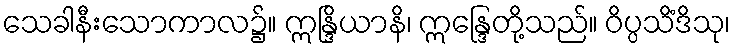
သေခါနီးသောကာလ၌။ ဣန္ဒြိယာနိ၊ ဣန္ဒြေတို့သည်။ ဝိပ္ပသိံဒိသု၊